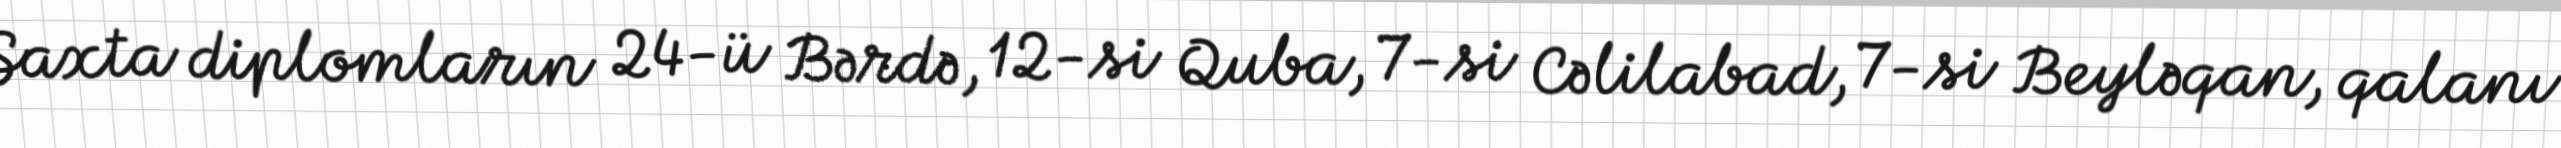
Saxta diplomların 24-ü Bərdə, 12-si Quba, 7-si Cəlilabad, 7-si Beyləqan, qalanı